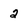
Character: 2